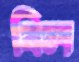
বিল